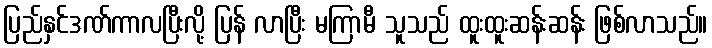
ပြည်နှင်ဒဏ်ကာလပြီးလို့ ပြန် လာပြီး မကြာမီ သူသည် ထူးထူးဆန်းဆန်း ဖြစ်လာသည်။